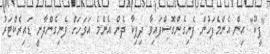
"ޕީކޫ" އިން އެންމެފަހުން ފެނިގެންގޮސްފައިވާ ދިޕިކާ ދެން އެންމެ އަވަހަށް ފެނިގެންދާނީ ޑައިރެކްޓަރު